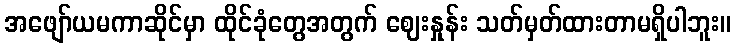
အဖျော်ယမကာဆိုင်မှာ ထိုင်ခုံတွေအတွက် ဈေးနှုန်း သတ်မှတ်ထားတာမရှိပါဘူး။